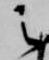
之